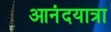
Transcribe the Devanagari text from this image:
आनंदयात्रा